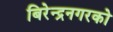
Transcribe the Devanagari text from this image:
बिरेन्द्रनगरको